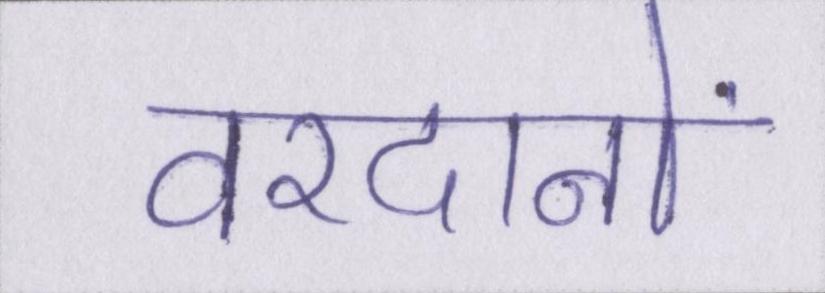
वरदानों